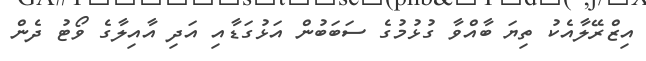
އިޒްރޭލާއެކު ތިޔަ ބާއްވާ ގުޅުމުގެ ސަބަބުން އަޅުގަޑާއި އަދި އާއިލާގެ ވޯޓު ދެން